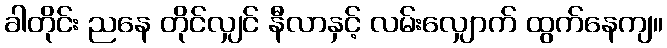
ခါတိုင်း ညနေ တိုင်လျှင် နီလာနှင့် လမ်းလျှောက် ထွက်နေကျ။